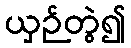
ယှဉ်တွဲ၍